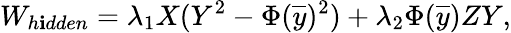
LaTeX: W_{h\mathbf{i}dden}=\lambda_{1}X(Y^{2}-\Phi({\overline{{{y}}}})^{2})+\lambda_{2}\Phi({\overline{{{y}}}})ZY,